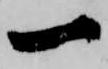
一